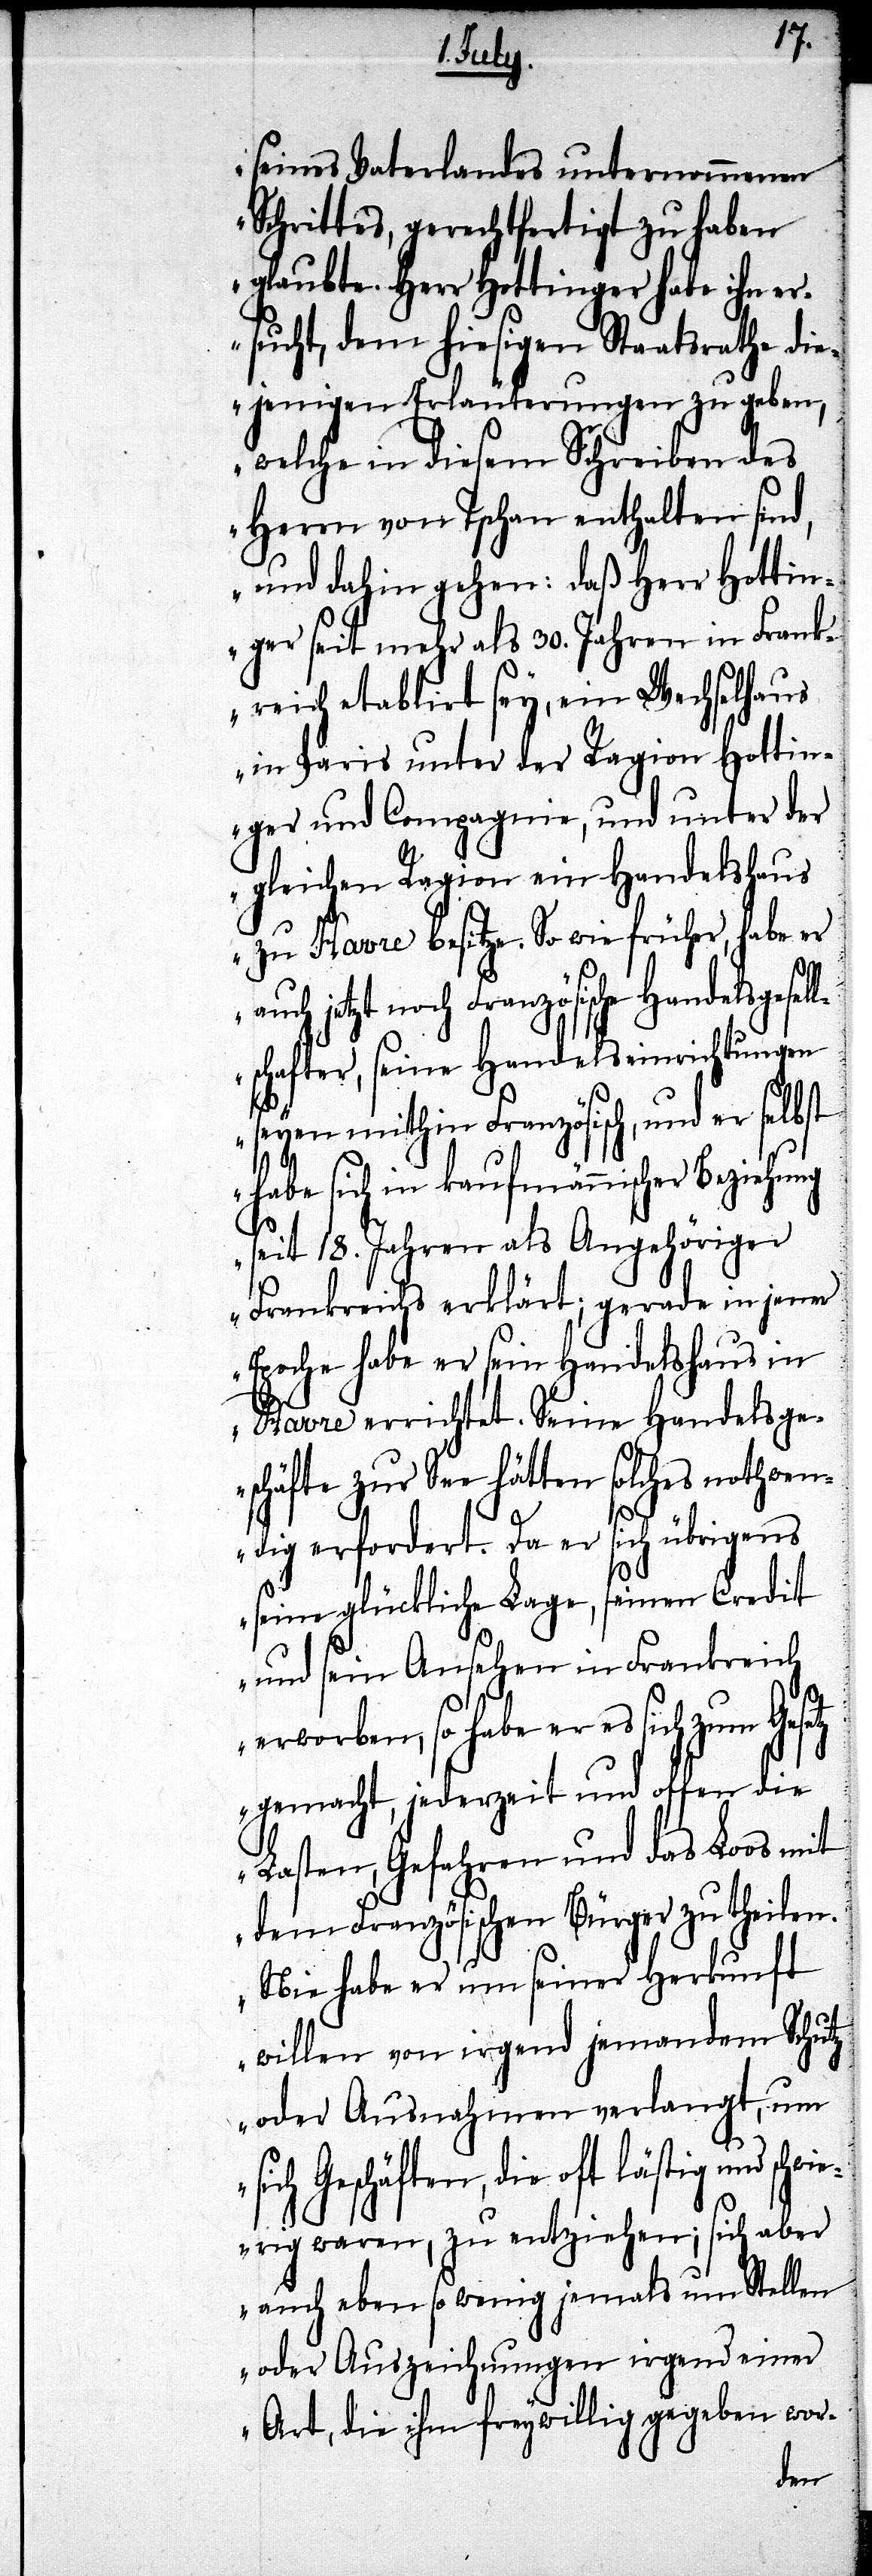
schwi¬
seines Vaterlandes unternommenen
Schrittes, gerechtfertigt zu haben
glaubte. Herr Hottinger habe ihn er¬
sucht, dem hiesigen Staatsrathe die¬
jenigen Erläuterungen zu geben,
welche in diesem Schreiben des
Herrn von Tschan enthalten sind,
und dahin gehen: daß Herr Hottin¬
ger seit mehr als 30. Jahren in Frank¬
reich etablirt sey, ein Wechselhaus
in Paris unter der Ragion Hottin¬
ger und Compagnie, und unter der
gleichen Ragion ein Handelshaus
zu Havre besitze. So wie früher, habe er
uch jetzt noch Französische Handelsges¬
lschafter, seine Handelseinrichtungen
seyen mithin Französisch, und er selbst
habe sich in kaufmännischer Beziehung
seit 18. Jahren als Angehöriger
Frankreichs erklärt; gerade in jener
Epoche habe er sein Handelshaus in
Havre errichtet. Seine Handelsge¬
schäfte zur See hätten solches nothwen¬
dig erfordert. Da er sich übrigens
seine glückliche Lage, seinen Credit
und sein Ansehen in Frankreich
erworben, so habe er es sich
zum
gemacht, jederzeit und offen die
Lasten, Gefahren und das Loos mit
dem Französischen Bürger zu theilen.
Nie habe er um seiner Herkunft
willen von irgend jemandem Schutz
oder Ausnahmen verlangt, um
sich Geschäften, die oft lästig und
erig waren, zu entziehen; sich aber
auch ebenso wenig jemals um Stellen
oder Auszeichnungen irgend einer
Art, die ihm freywillig gegeben wor-